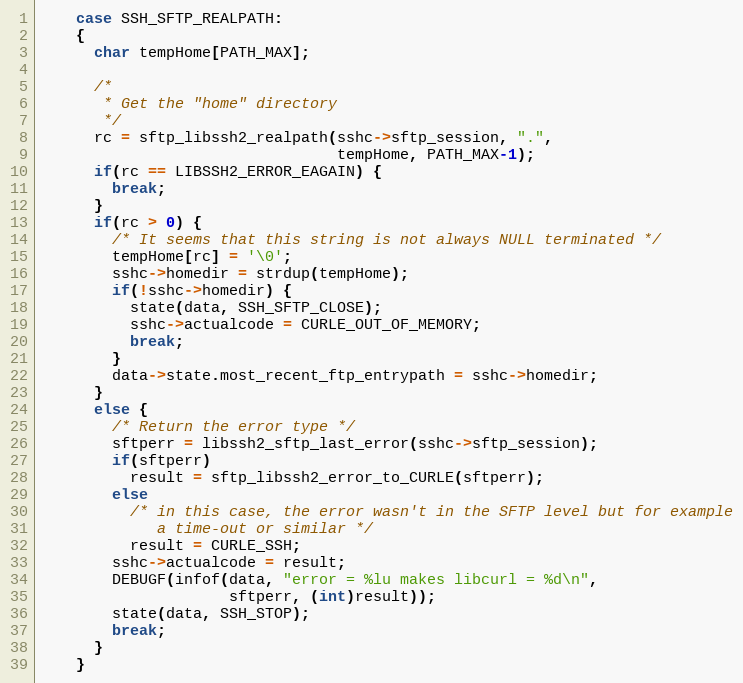
Language: C
    case SSH_SFTP_REALPATH:
    {
      char tempHome[PATH_MAX];

      /*
       * Get the "home" directory
       */
      rc = sftp_libssh2_realpath(sshc->sftp_session, ".",
                                 tempHome, PATH_MAX-1);
      if(rc == LIBSSH2_ERROR_EAGAIN) {
        break;
      }
      if(rc > 0) {
        /* It seems that this string is not always NULL terminated */
        tempHome[rc] = '\0';
        sshc->homedir = strdup(tempHome);
        if(!sshc->homedir) {
          state(data, SSH_SFTP_CLOSE);
          sshc->actualcode = CURLE_OUT_OF_MEMORY;
          break;
        }
        data->state.most_recent_ftp_entrypath = sshc->homedir;
      }
      else {
        /* Return the error type */
        sftperr = libssh2_sftp_last_error(sshc->sftp_session);
        if(sftperr)
          result = sftp_libssh2_error_to_CURLE(sftperr);
        else
          /* in this case, the error wasn't in the SFTP level but for example
             a time-out or similar */
          result = CURLE_SSH;
        sshc->actualcode = result;
        DEBUGF(infof(data, "error = %lu makes libcurl = %d\n",
                     sftperr, (int)result));
        state(data, SSH_STOP);
        break;
      }
    }